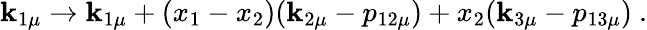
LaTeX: \mathbf{k}_{1\mu}\rightarrow\mathbf{k}_{1\mu}+(x_{1}-x_{2})(\mathbf{k}_{2\mu}-p_{12\mu})+x_{2}(\mathbf{k}_{3\mu}-p_{13\mu})\ .